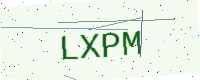
Text: LXPM